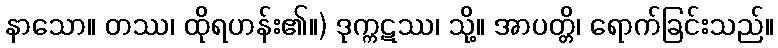
နာသော။ တဿ၊ ထိုရဟန်း၏။) ဒုက္ကဋဿ၊ သို့။ အာပတ္တိ၊ ရောက်ခြင်းသည်။